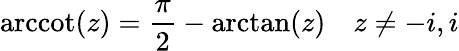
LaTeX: \operatorname{arccot}(z)={\frac{\pi}{2}}-\arctan(z)\quad z\neq-i,i